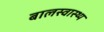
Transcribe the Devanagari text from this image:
बालस्वास्थ्य